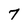
Character: 7